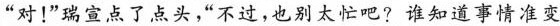
“对！”瑞宣点了点头，“不过，也别太忙吧?谁知道事情准变